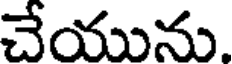
చేయును.